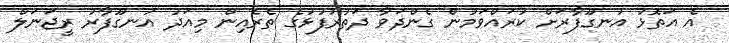
އެ އަތޮޅު އުނގޫފާރަށް ކުރައްވަމުން ގެންދަވާ ދަތުރުފުޅުގެ ތެރެއިން މިއަދު އުނގޫފާރު ރީޖަނަލް